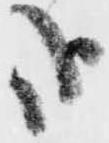
哉